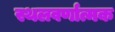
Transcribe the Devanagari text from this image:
स्थलवर्णात्मक